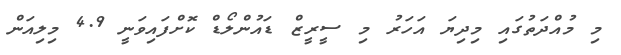
މި މުއްދަތުގައި މިދިޔަ އަހަރު މި ސީރީޒް ޑައުންލޯޑް ކޮށްފައިވަނީ 4.9 މިލިއަން